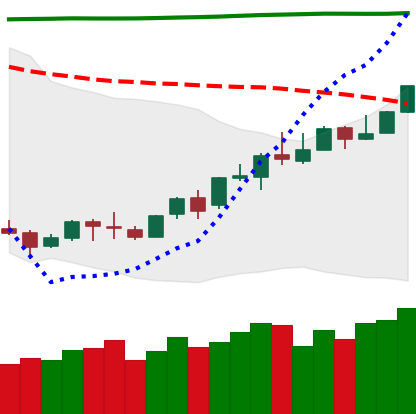
Ticker: LINK-USD
Chart end date: 2018-04-19
Forward return: 11.191%
Label: up_7plus